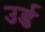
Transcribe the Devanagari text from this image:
उर्ड